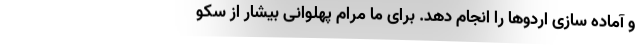
و آماده سازی اردوها را انجام دهد. برای ما مرام پهلوانی بیشار از سکو